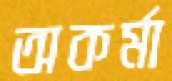
অকর্মা